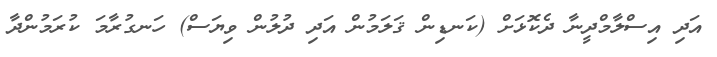
އަދި އިސްލާމްދީނާ ދެކޮޅަށް (ކަނޑިން ޤަލަމުން އަދި ދުލުން ވިޔަސް) ހަނގުރާމަ ކުރަމުންދާ